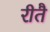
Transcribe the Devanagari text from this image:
रीतै